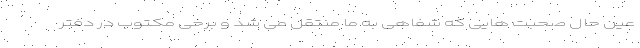
عین حال صحبت هایی که شفاهی به ما منتقل می شد و برخی مکتوب در دفتر